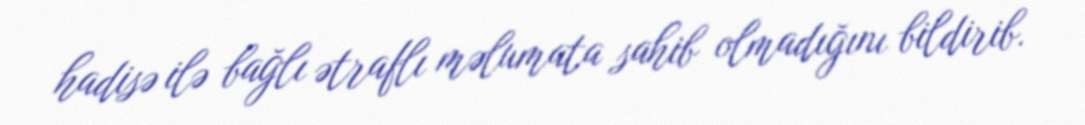
hadisə ilə bağlı ətraflı məlumata sahib olmadığını bildirib.